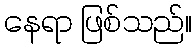
နေရာ ဖြစ်သည်။